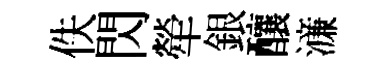
佚閃犖銀釀濓